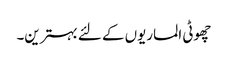
چھوٹی الماریوں کے لئے بہترین۔